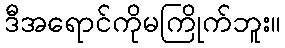
ဒီအရောင်ကိုမကြိုက်ဘူး။